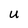
Character: U